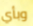
وبأي